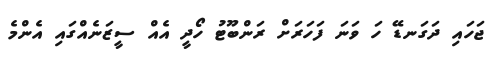
ޖަހައި ދަގަނޑޭ ހަ ވަނަ ފަހަރަށް ރަންބޫޓު ހޯދީ އެއް ސީޒަނެއްގައި އެންމެ